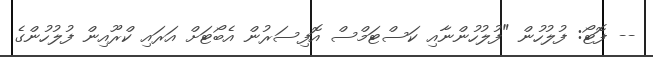
-- ފޮޓޯ: ފުލުހުން "ފުލުހުންނާއި ކަސްޓަމްސް އޮފިސަރުން އެބޯޓަށް އަރައި ކްރޫއިން ފުލުހުންގެ